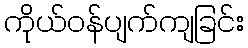
ကိုယ်ဝန်ပျက်ကျခြင်း